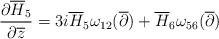
LaTeX: \begin{align*}\frac{\partial\overline{H}_5}{\partial\overline{z}}=3i\overline{H}_5\omega_{12}(\overline{\partial})+\overline{H}_6\omega_{56}(\overline{\partial})\end{align*}